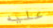
عليه